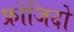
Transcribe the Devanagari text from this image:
फ्रोजिदो